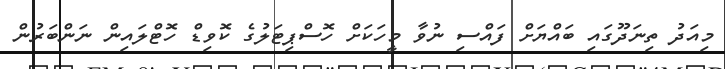
މިއަދު ތިނަދޫގައި ބައްޔަށް ފައްސި ނުވާ މީހަކަށް ހޮސްޕިޓަލުގެ ކޮވިޑް ހޮޓްލައިން ނަންބަރުން